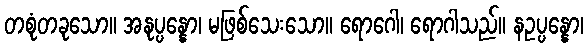
တစုံတခုသော။ အနုပ္ပန္နော၊ မဖြစ်သေးသော။ ရောဂေါ၊ ရောဂါသည်။ နဥပ္ပန္နော၊